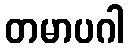
တမာပဂါ